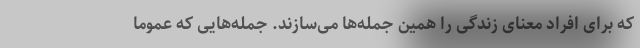
که برای افراد معنای زندگی را همین جمله‌ها می‌سازند. جمله‌هایی که عموما